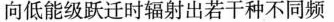
向低能级跃迁时辐射出若干种不同频